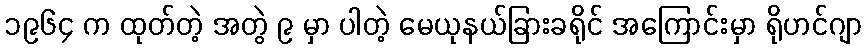
၁၉၆၄ က ထုတ်တဲ့ အတွဲ ၉ မှာ ပါတဲ့ မေယုနယ်ခြားခရိုင် အကြောင်းမှာ ရိုဟင်ဂျာ